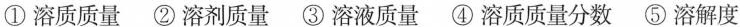
①溶质质量 ②溶剂质量 ③溶液质量 ④溶质质量分数 ⑤溶解度